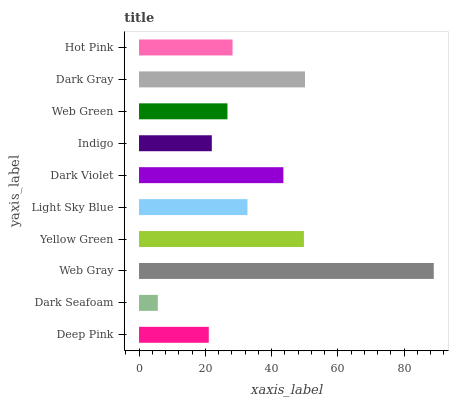
| yaxis_label | bars |
 | --- | --- |
 | Deep Pink | 21 |
 | Dark Seafoam | 5.67 |
 | Web Gray | 88.9 |
 | Yellow Green | 49.8 |
 | Light Sky Blue | 32.7 |
 | Dark Violet | 43.6 |
 | Indigo | 22 |
 | Web Green | 26.7 |
 | Dark Gray | 50.1 |
 | Hot Pink | 28.2 |